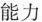
能力